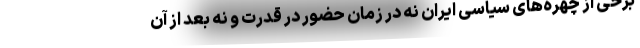
برخی از چهره‌های سیاسی ایران نه در زمان حضور در قدرت و نه بعد از آن